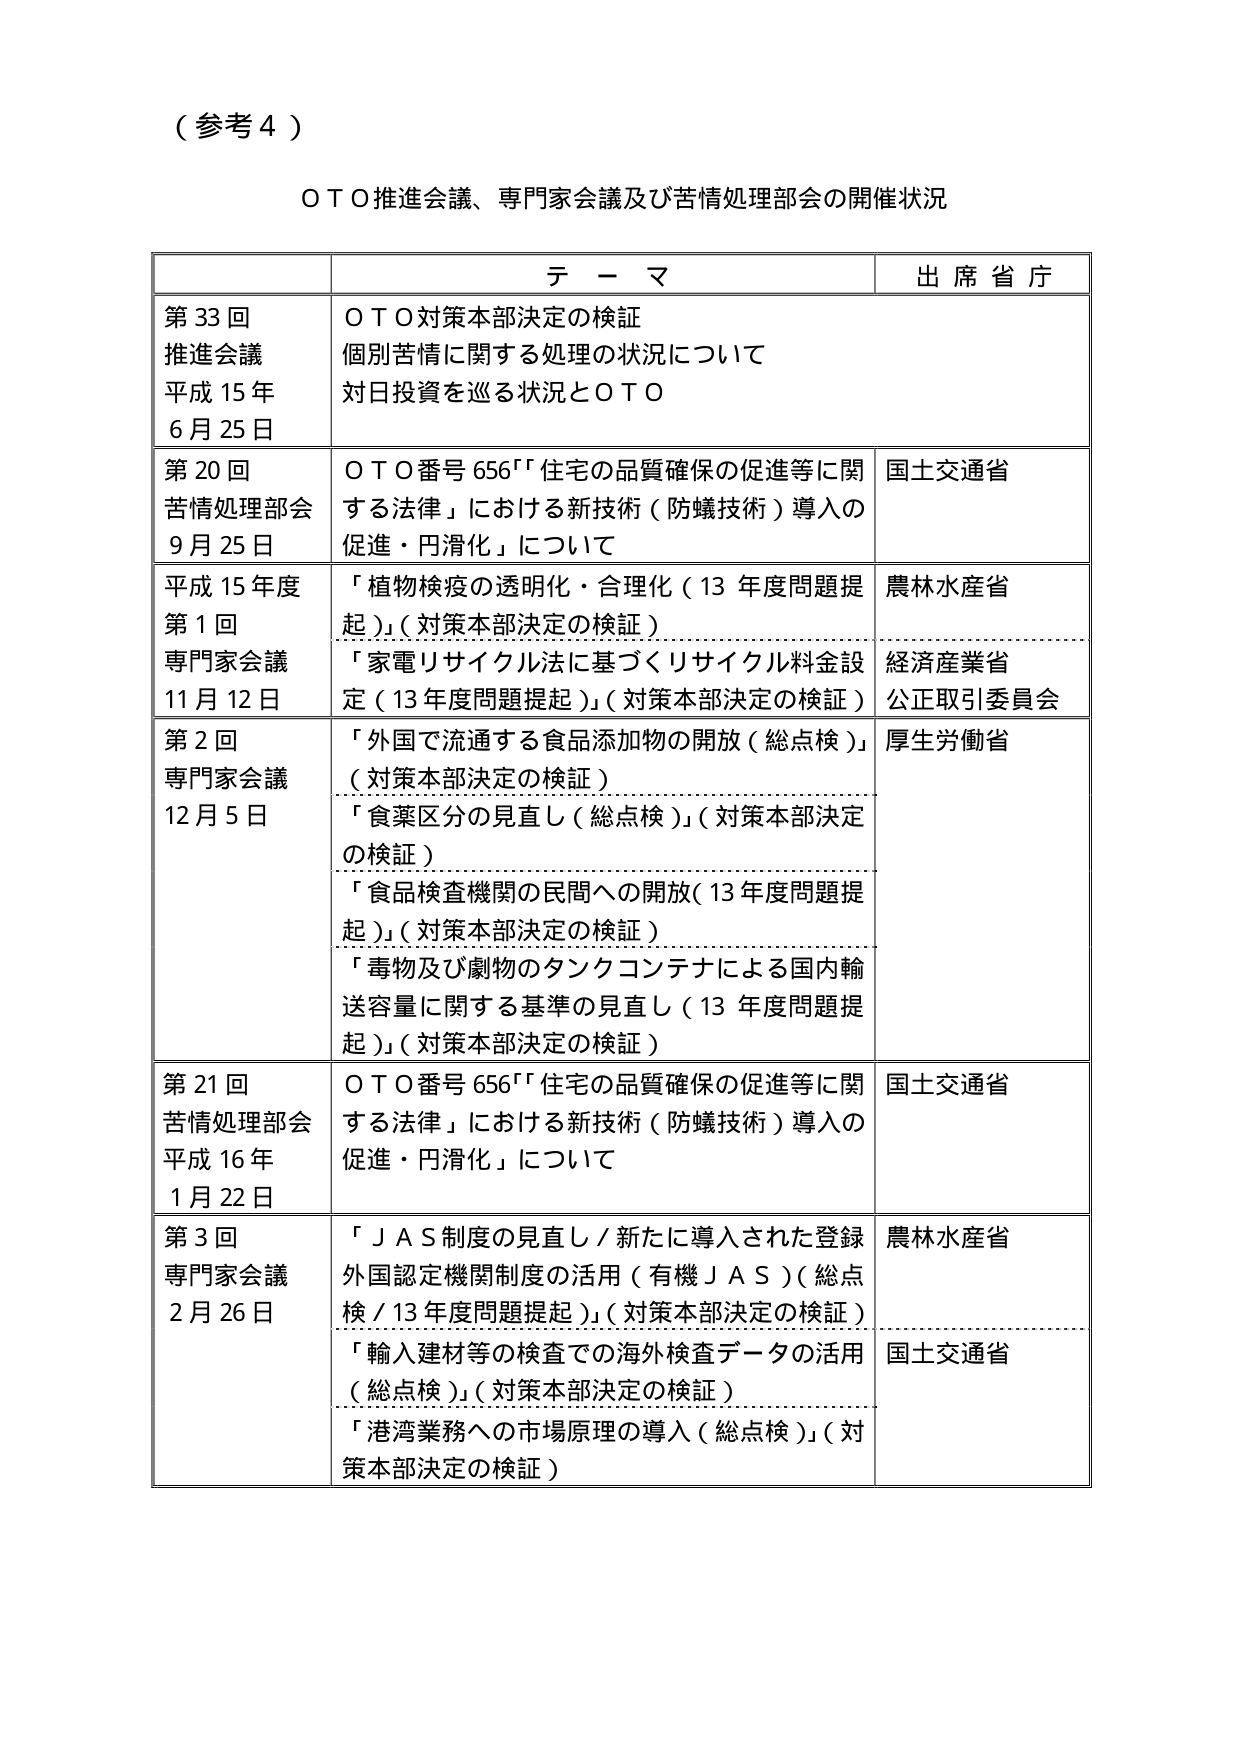
（参考４）

ＯＴＯ推進会議、専門家会議及び苦情処理部会の開催状況

| | テーマ | 出席省庁 |
|---|---|---|
| 第33回<br>推進会議<br>平成15年<br>6月25日 | ＯＴＯ対策本部決定の検証<br>個別苦情に関する処理の状況について<br>対日投資を巡る状況とＯＴＯ | |
| 第20回<br>苦情処理部会<br>9月25日 | ＯＴＯ番号656「住宅の品質確保の促進等に関する法律」における新技術（防蟻技術）導入の促進・円滑化」について | 国土交通省 |
| 平成15年度<br>第1回<br>専門家会議<br>11月12日 | 「植物検疫の透明化・合理化（13年度問題提起）」（対策本部決定の検証）<br>「家電リサイクル法に基づくリサイクル料金設定（13年度問題提起）」（対策本部決定の検証） | 農林水産省<br>経済産業省<br>公正取引委員会 |
| 第2回<br>専門家会議<br>12月5日 | 「外国で流通する食品添加物の開放（総点検）」（対策本部決定の検証）<br>「食薬区分の見直し（総点検）」（対策本部決定の検証）<br>「食品検査機関の民間への開放（13年度問題提起）」（対策本部決定の検証）<br>「毒物及び劇物のタンクコンテナによる国内輸送容量に関する基準の見直し（13年度問題提起）」（対策本部決定の検証） | 厚生労働省 |
| 第21回<br>苦情処理部会<br>平成16年<br>1月22日 | ＯＴＯ番号656「住宅の品質確保の促進等に関する法律」における新技術（防蟻技術）導入の促進・円滑化」について | 国土交通省 |
| 第3回<br>専門家会議<br>2月26日 | 「ＪＡＳ制度の見直し／新たに導入された登録外国認定機関制度の活用（有機ＪＡＳ）（総点検／13年度問題提起）」（対策本部決定の検証）<br>「輸入建材等の検査での海外検査データの活用（総点検）」（対策本部決定の検証）<br>「港湾業務への市場原理の導入（総点検）」（対策本部決定の検証） | 農林水産省<br>国土交通省 |